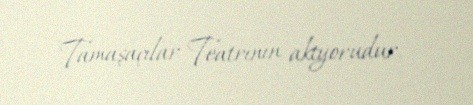
Tamaşaçılar Teatrının aktyorudur.